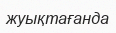
жуықтағанда